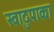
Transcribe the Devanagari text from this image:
स्वादुपाका